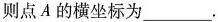
则点A的横坐标为___.